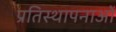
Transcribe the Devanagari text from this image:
प्रतिस्थापनाओं